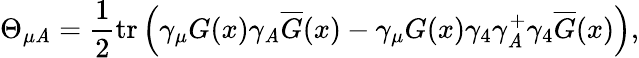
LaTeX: \Theta_{\mu\mathit{A}}=\frac{1}{2}\mathrm{{tr}}\left(\gamma_{\mu}G(x)\gamma_{\mathit{A}}\overline{{{{G}}}}(x)-\gamma_{\mu}G(x)\gamma_{4}\gamma_{\mathit{A}}^{+}\gamma_{4}\overline{{{{G}}}}(x)\right),